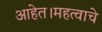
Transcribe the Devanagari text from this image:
आहेत।महत्वाचे